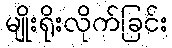
မျိုးရိုးလိုက်ခြင်း